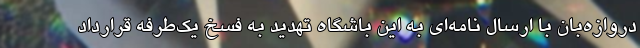
دروازه‌بان با ارسال نامه‌ای به این باشگاه تهدید به فسخ یک‌طرفه قرارداد